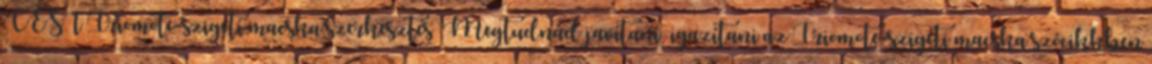
CEST Iriomote-szigeti macska szerkesztés Megtudnád javítani igazítani az Iriomote-szigeti macska szócikkben